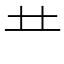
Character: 龷